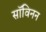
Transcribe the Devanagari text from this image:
सॉविनन